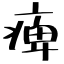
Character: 痺